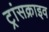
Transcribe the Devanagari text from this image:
ट्रांसक्राइव